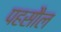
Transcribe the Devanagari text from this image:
पहसौल